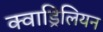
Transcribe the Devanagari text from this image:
क्वाड्रिलियन